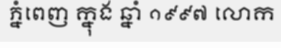
ភ្នំពេញ ក្នុង ឆ្នាំ ១៩៩៧ លោក